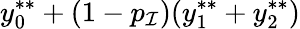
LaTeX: y_{0}^{**}+(1-p_{\mathcal{I}})(y_{1}^{**}+y_{2}^{**})